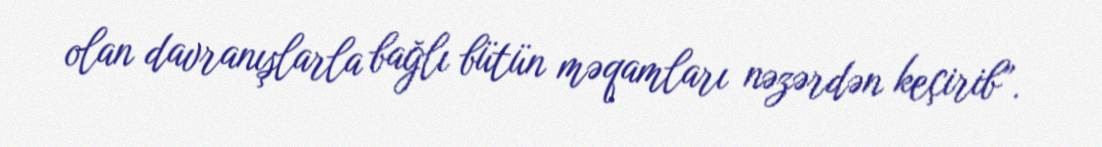
olan davranışlarla bağlı bütün məqamları nəzərdən keçirib”.